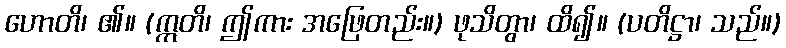
ဟောတိ၊ ၏။ (ဣတိ၊ ဤကား အဖြေတည်း။) ဖုသိတွာ၊ ထိ၍။ (ပတိဋ္ဌာ၊ သည်။)